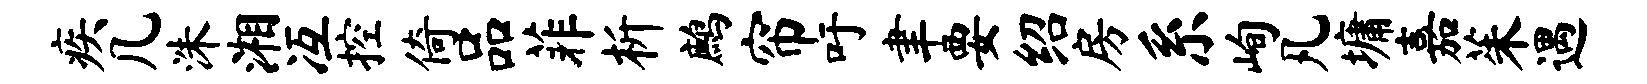
疾几洙湘冱控倚品菲析鹧帘吁聿要绍房系峋凡墉嘉茱遇